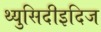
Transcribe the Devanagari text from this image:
थ्युसिदीइदिज